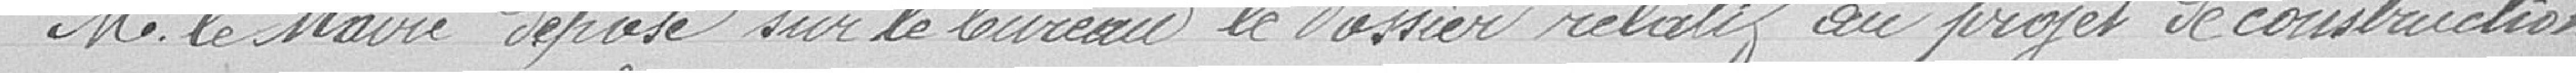
M. le MAIRE dépose sur le bureau le dossier relatif au projet de construction